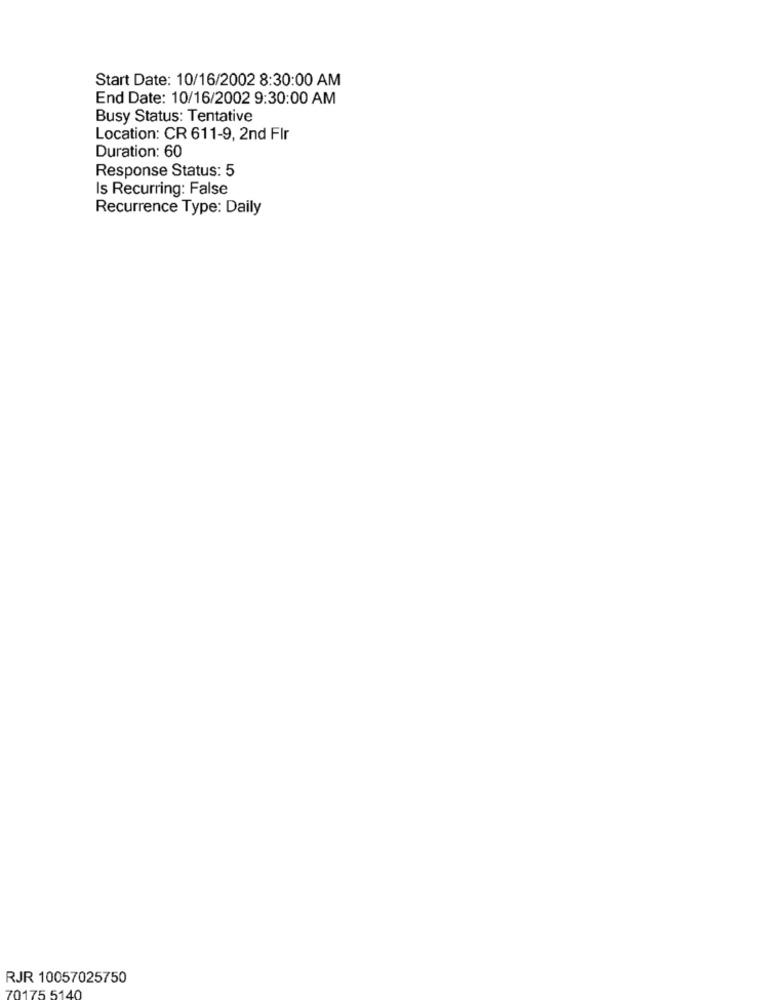
Start Date: 10/16/2002 8:30:00 AM
End Date: 10/16/2002 9:30:00 AM
Busy Status: Tentative
Location: CR 611-9, 2nd FIr
Duration: 60
Response Status: 5
Is Recurring: False
Recurrence Type: Daily
RJR 10057025750
70175 5140